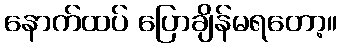
နောက်ထပ် ပြောချိန်မရတော့။